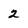
Character: 2